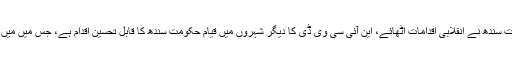
بلاول بھٹو زرداری نے کہا کہ 18 ویں ترمیم کے تحت ملنے والے مذکورہ اسپتالوں میں حکومت سندھ نے انقلابی اقدامات اٹھائے، این آئی سی وی ڈی کا دیگر شہروں میں قیام حکومت سندھ کا قابل تحسین اقدام ہے، جس میں میں ملک بھر سے آنے والے مریضوں کے علاج کے اخراجات سندھ حکومت نے اٹھا رکھے تھے۔